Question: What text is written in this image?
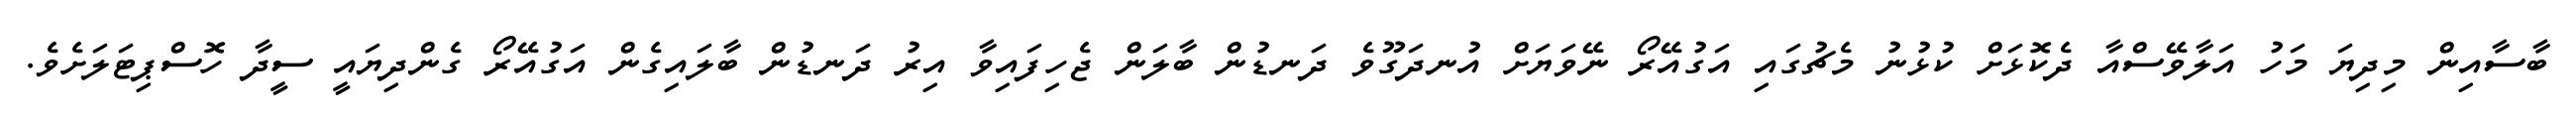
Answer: ބާސާއިން މިދިޔަ މަހު އަލާވޭސްއާ ދެކޮޅަށް ކުޅުނު މެޗުގައި އަގުއޭރޯ ނޭވަޔަށް އުނދަގޫވެ ދަނޑުން ބާލަން ޖެހިފައިވާ އިރު ދަނޑުން ބާލައިގެން އަގުއޭރޯ ގެންދިޔައީ ސީދާ ހޮސްޕިޓަލަށެވެ.